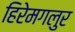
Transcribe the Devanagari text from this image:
हिरेमगलुर